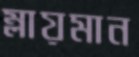
ম্লায়মান